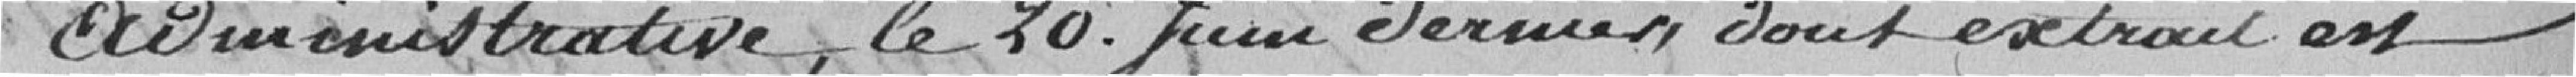
administrative, le  20 juin dernier dont extrait est